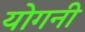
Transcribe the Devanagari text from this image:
योगनी